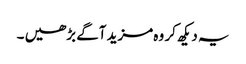
یہ دیکھ کر وہ مزید آگے بڑھیں ۔